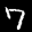
Label: 7